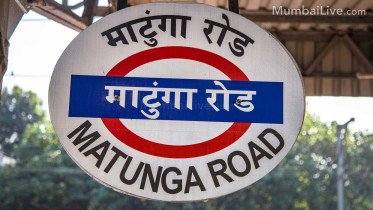
Language: marathi
Transcription: रोड माटुंगा